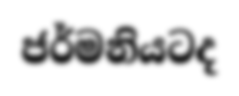
ජර්මනියටද